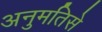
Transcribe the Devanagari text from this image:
अनुमतिसे